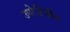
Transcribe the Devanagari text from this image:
उपरेटिनीय